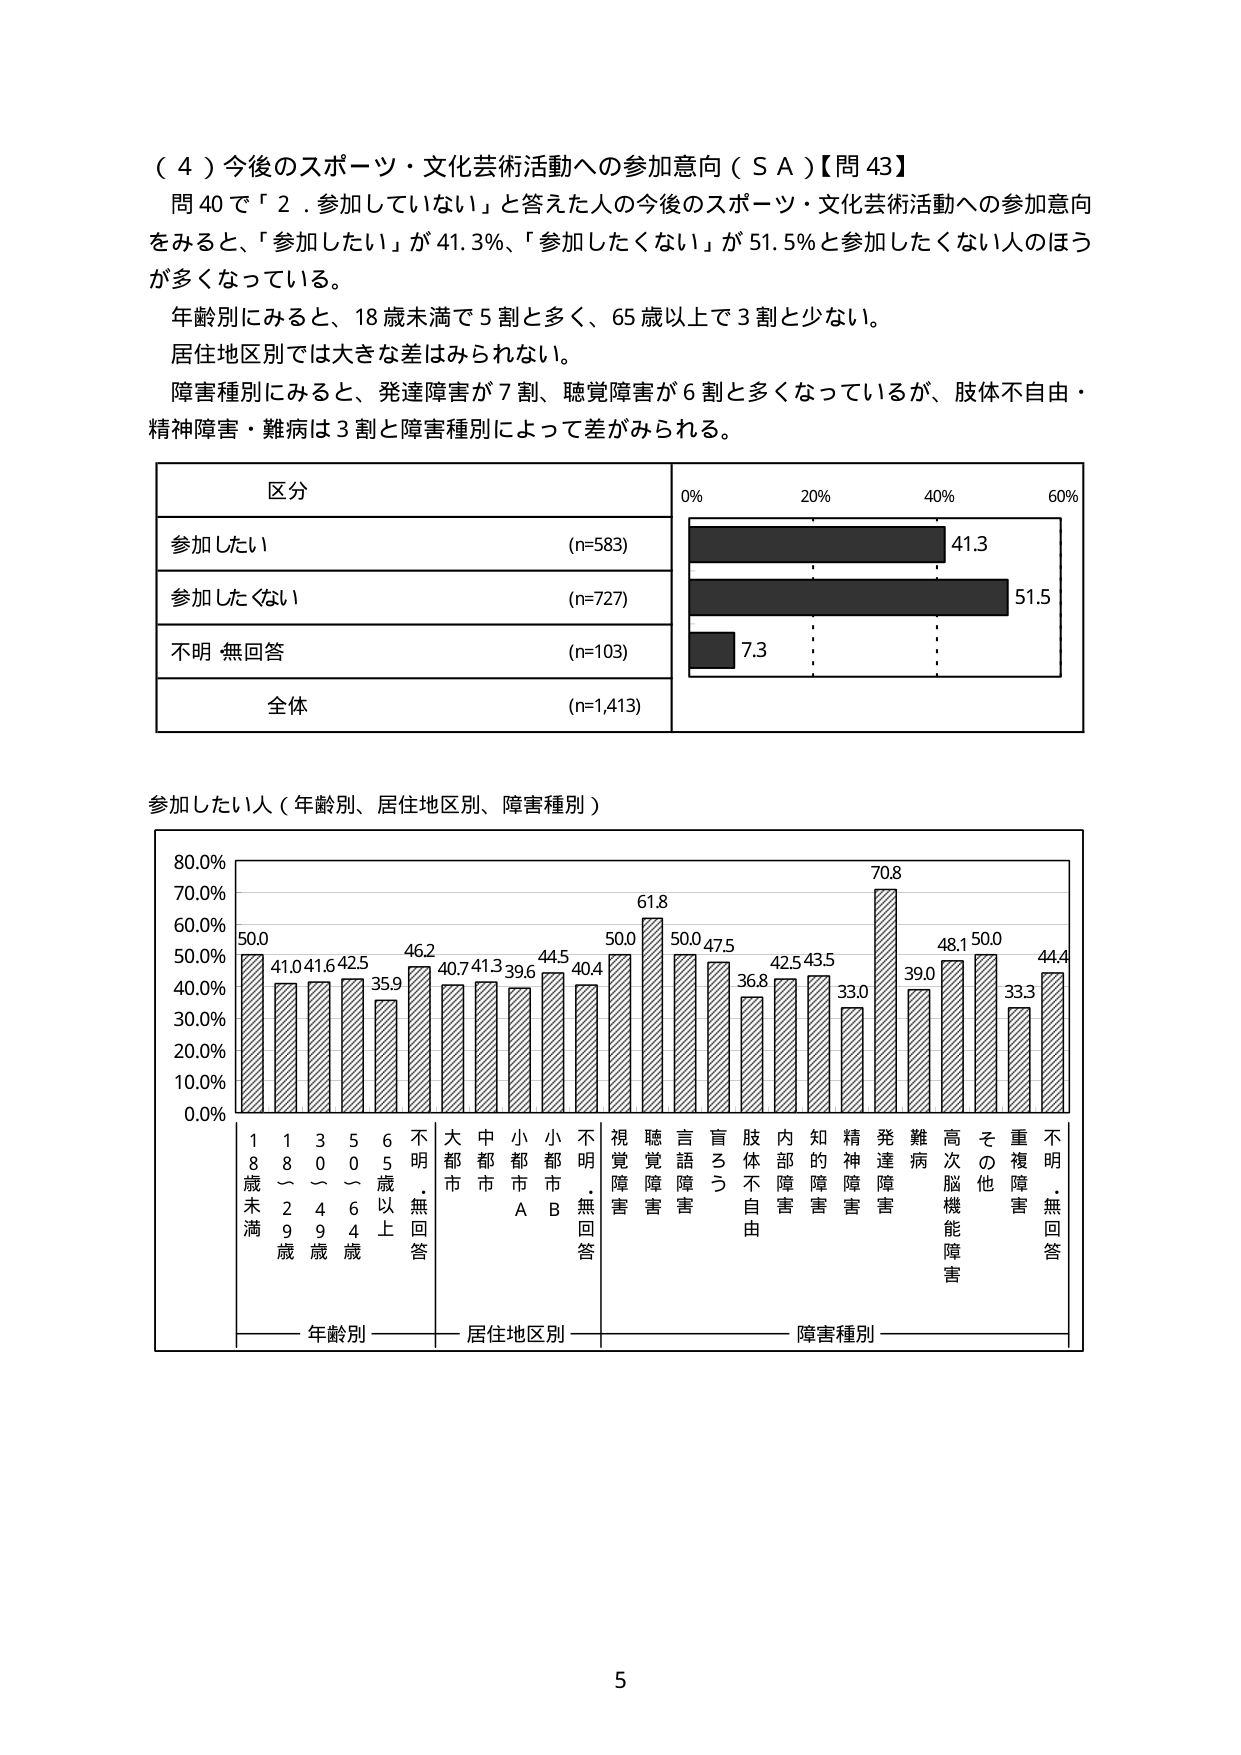
（４）今後のスポーツ・文化芸術活動への参加意向（ＳＡ）【問43】
問40で「２．参加していない」と答えた人の今後のスポーツ・文化芸術活動への参加意向をみると、「参加したい」が41.3％、「参加したくない」が51.5％と参加したくない人のほうが多くなっている。
年齢別にみると、18歳未満で5割と多く、65歳以上で3割と少ない。
居住地区別では大きな差はみられない。
障害種別にみると、発達障害が7割、聴覚障害が6割と多くなっているが、肢体不自由・精神障害・難病は3割と障害種別によって差がみられる。

区分
参加したい　(n=583)
参加したくない　(n=727)
不明 無回答　(n=103)
全体　(n=1,413)

0%　20%　40%　60%
41.3
51.5
7.3

参加したい人（年齢別、居住地区別、障害種別）

80.0%
70.0%
60.0%
50.0%
40.0%
30.0%
20.0%
10.0%
0.0%

50.0
41.0
41.6
42.5
35.9
46.2
40.7
41.3
39.6
44.5
40.4
50.0
61.8
50.0
47.5
36.8
42.5
43.5
33.0
70.8
39.0
48.1
50.0
33.3
44.4

18歳未満
18～29歳
30～49歳
50～64歳
65歳以上
不明・無回答
大都市
中都市
小都市A
小都市B
不明・無回答
視覚障害
聴覚障害
言語障害
盲ろう
肢体不自由
内部障害
知的障害
精神障害
発達障害
難病
高次脳機能障害
その他
重複障害
不明・無回答

年齢別　居住地区別　障害種別

5